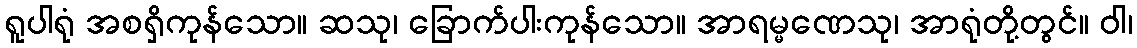
ရူပါရုံ အစရှိကုန်သော။ ဆသု၊ ခြောက်ပါးကုန်သော။ အာရမ္မဏေသု၊ အာရုံတို့တွင်။ ဝါ၊